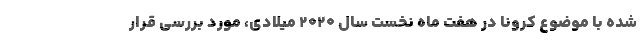
شده با موضوع کرونا در هفت ماه نخست سال ۲۰۲۰ میلادی، مورد بررسی قرار